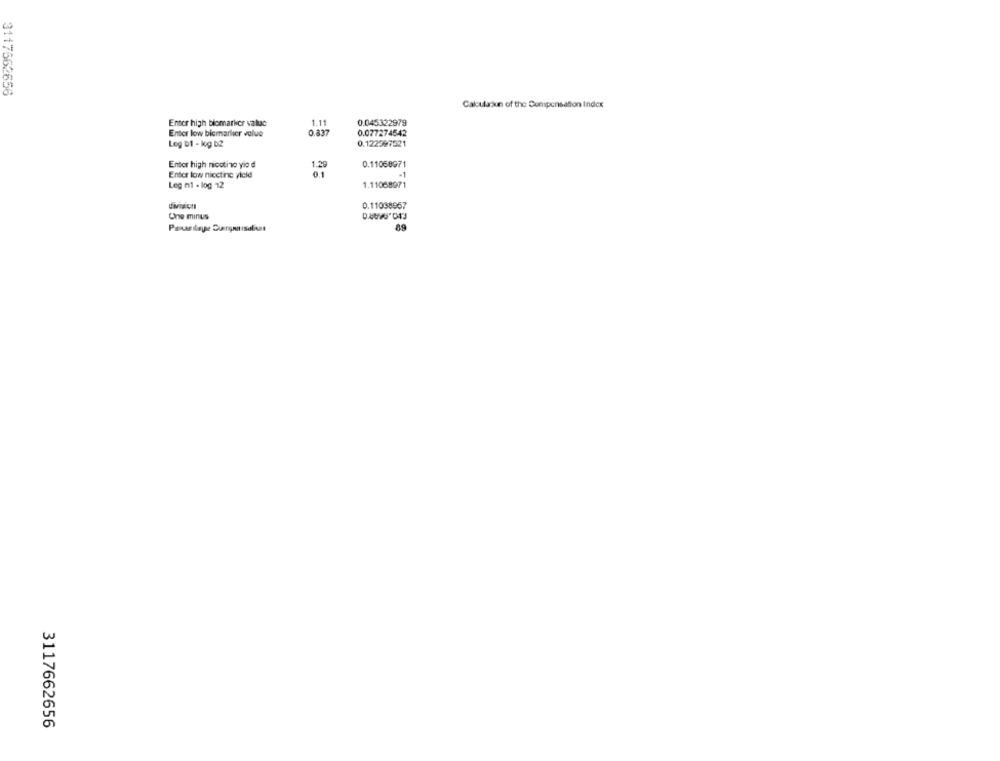
3117562656
Calcularxun of the Compensation Index
Enter high biomarker valuc
1.11
0.045322979
Entor low bicmarlier value
0.837
0.077274542
Leg b1 - kg b2
0.122397521
Entor high nicotino yio d
0.11068971
Entor low nicetine yield
Leg ni - log 12
1.11068971
division
0.11038957
Une minus
3117662656